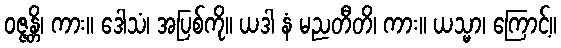
ဝဇ္ဇန္တိ၊ ကား။ ဒေါသံ၊ အပြစ်ကို။ ယဒါ နံ မညတီတိ၊ ကား။ ယသ္မာ၊ ကြောင့်။